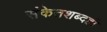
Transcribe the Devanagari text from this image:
संकेतशब्दही